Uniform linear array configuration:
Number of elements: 64
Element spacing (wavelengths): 0.5
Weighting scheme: binomial
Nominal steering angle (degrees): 45
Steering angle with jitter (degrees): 44.258
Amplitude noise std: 0.05
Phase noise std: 0.05

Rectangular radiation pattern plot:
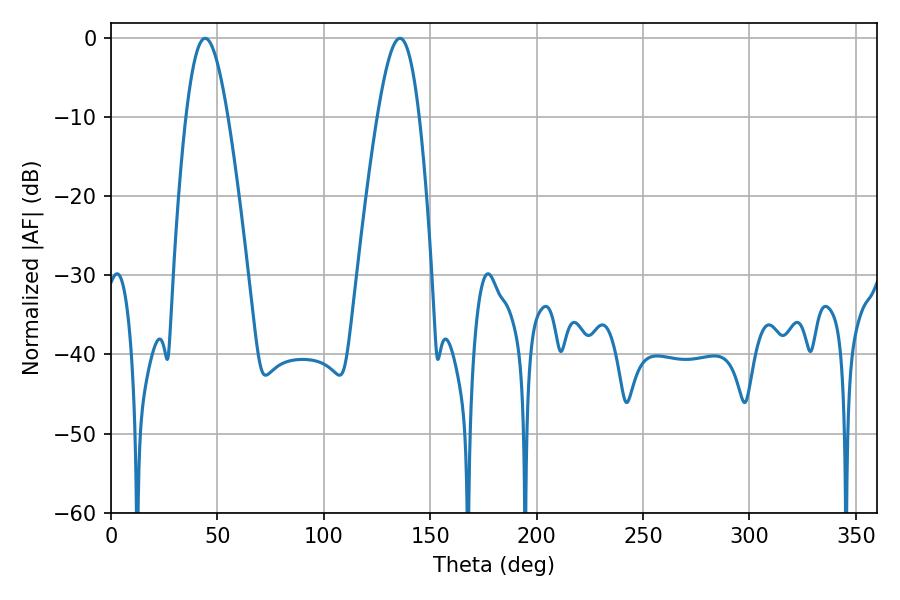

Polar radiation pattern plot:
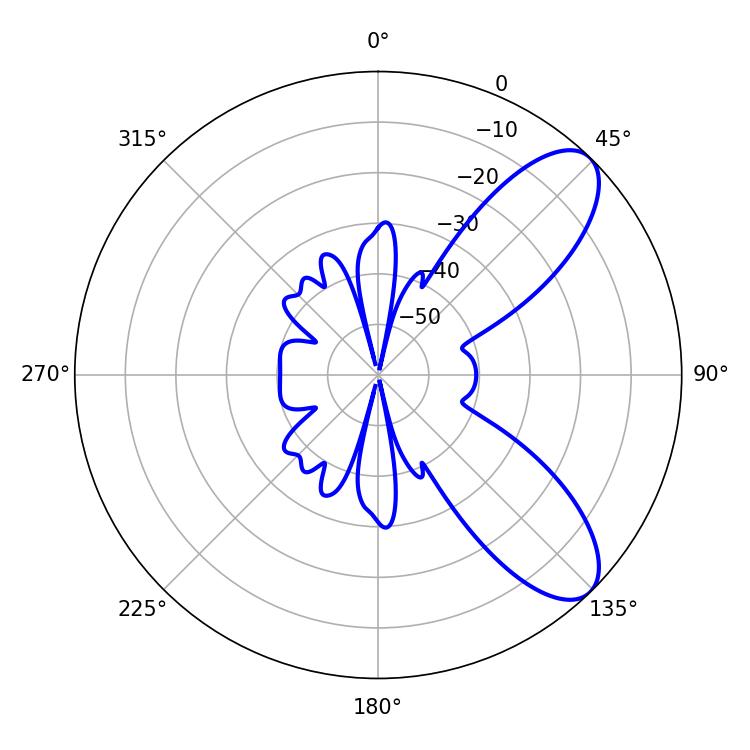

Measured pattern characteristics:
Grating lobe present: FALSE
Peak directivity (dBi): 8.506
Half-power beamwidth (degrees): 10.44
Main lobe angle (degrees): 44.28